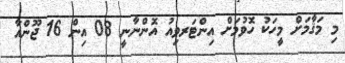
މި މަޤާމަށް މީހަކު ހޮވުމަށް އިންޓަރވިއު އޮންނާނީ 08 އިން 16 ޖޫންއާ